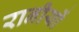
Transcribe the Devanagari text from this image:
रानीयों